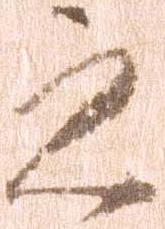
之